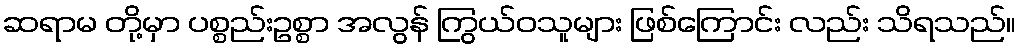
ဆရာမ တို့မှာ ပစ္စည်းဥစ္စာ အလွန် ကြွယ်ဝသူများ ဖြစ်ကြောင်း လည်း သိရသည်။